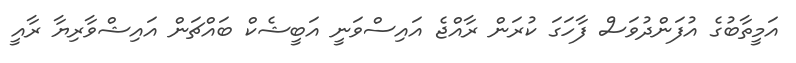
އަމީތާބުގެ އުފަންދުވަސް ފާހަގަ ކުރަން ރާއްޖެ އައިސްވަނީ އަބީޝެކް ބައްޗަން އައިޝްވާރިޔާ ރާއީ